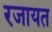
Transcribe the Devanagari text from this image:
रजायत